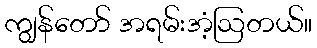
ကျွန်တော် အရမ်းအံ့ဩတယ်။